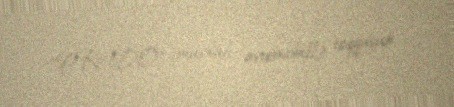
“PRADO” markalı avtomobillə toqquşub.